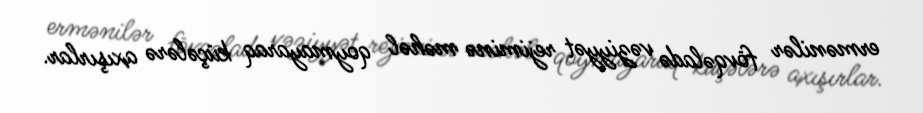
ermənilər fövqəladə vəziyyət rejiminə məhəl qoymayaraq küçələrə axışırlar.